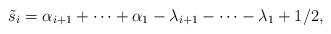
LaTeX: \begin{align*}\tilde{s}_{i}=\alpha_{i+1}+\cdots +\alpha_{1}-\lambda_{i+1}-\cdots-\lambda_{1}+1/2,\end{align*}